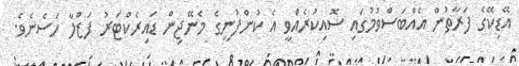
އޭޑިކޭގެ ފަރާތުން އެއްބަސްވުމުގައި ސޮއިކުރެއްވީ އެ ކުންފުނީގެ މެނޭޖިން ޑައިރެކްޓަރު ފަޒްލާ ހަސެނެވެ.